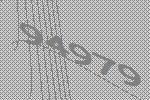
94979